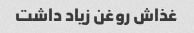
غذاش روغن زیاد داشت